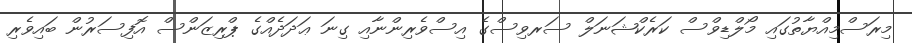
މިރަސްމިއްޔާތުގައި މޯލްޑިވްސް ކަރެކްޝަނަލް ސަރވިސްގެ އިސްވެރިންނާއި ގިނަ ޢަދަދެއްގެ ޕްރިޒަންސް އޮފިސަރުން ބައިވެރި